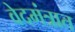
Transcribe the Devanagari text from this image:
वेदमंत्रात